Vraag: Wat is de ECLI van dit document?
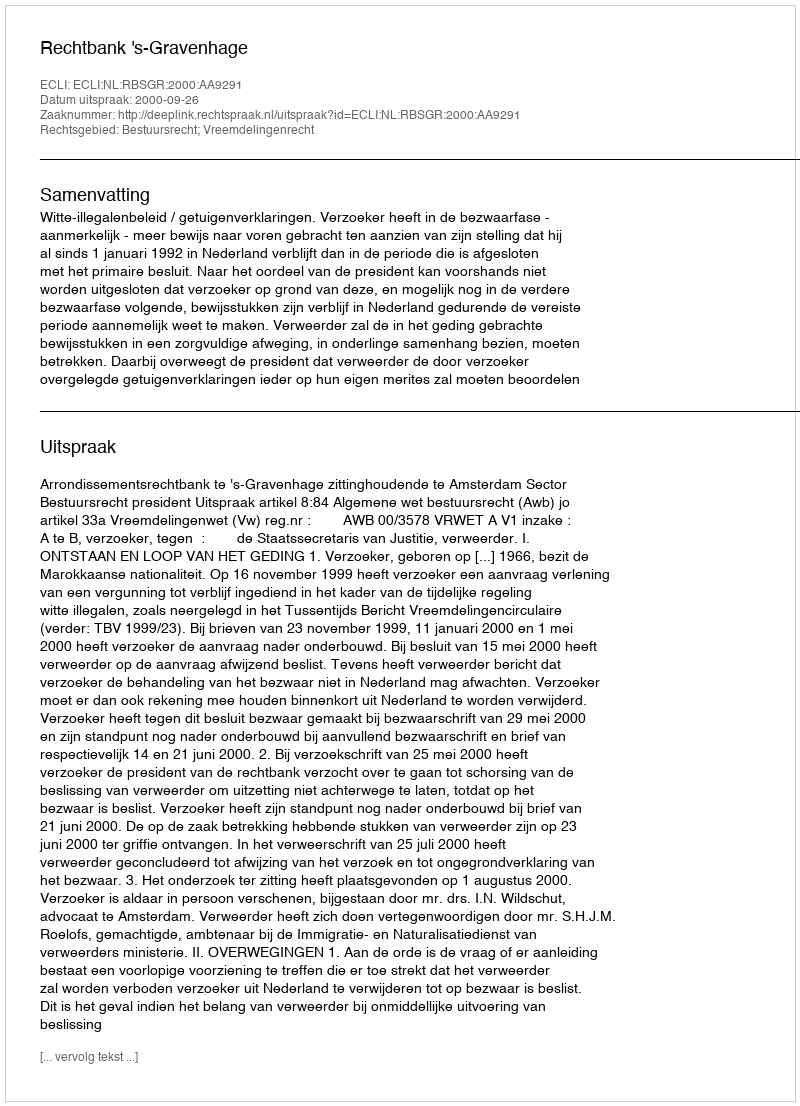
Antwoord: ECLI:NL:RBSGR:2000:AA9291